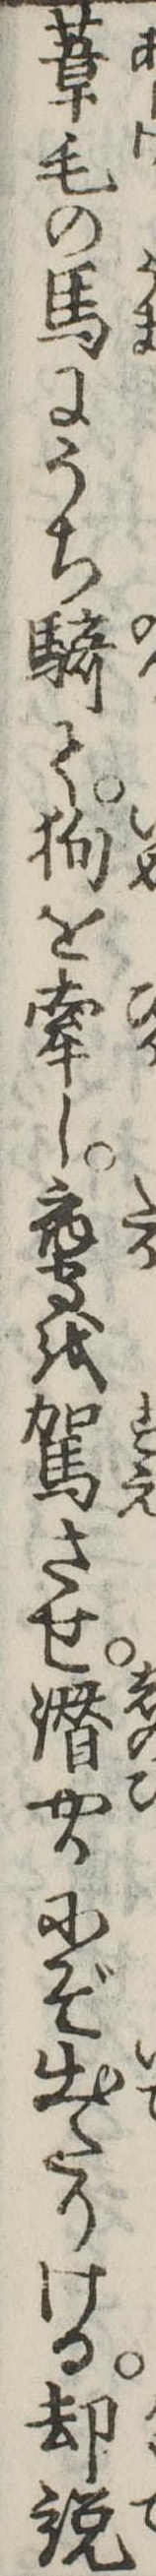
葦毛の馬にうち騎て狗を牽し鷹を駕させ潜やかにぞ出たりける却説